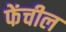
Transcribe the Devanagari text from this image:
फेंचील